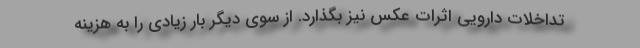
تداخلات دارویی اثرات عکس نیز بگذارد. از سوی دیگر بار زیادی را به هزینه